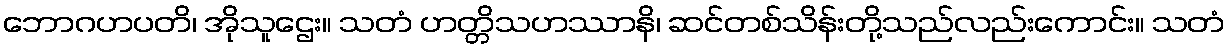
ဘောဂဟပတိ၊ အိုသူဌေး။ သတံ ဟတ္တိသဟဿာနိ၊ ဆင်တစ်သိန်းတို့သည်လည်းကောင်း။ သတံ